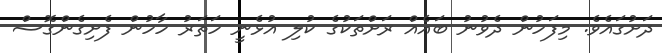
ދަށުގައެވެ. މިފަހުން ދެވުނު ބައެއް ރަށްތަކުގެ ކުލި އުޅެނީ ހަތަރު ހާހުން ފެށިގެންގޮސް